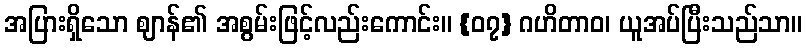
အပြားရှိသော ဈာန်၏ အစွမ်းဖြင့်လည်းကောင်း။ {၀၇} ဂဟိတာဝ၊ ယူအပ်ပြီးသည်သာ။